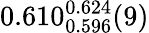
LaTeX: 0.610_{0.596}^{0.624}(9)